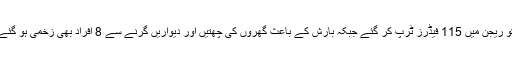
شدید آندھی اور بارش کے باعث میپکو ریجن میں 115 فیڈرز ٹرپ کر گئے جبکہ بارش کے باعث گھروں کی چھتیں اور دیواریں گرنے سے 8 افراد بھی زخمی ہو گئے جنہیں نشتر ہسپتال منتقل کر دیا گیا ۔